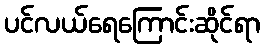
ပင်လယ်ရေကြောင်းဆိုင်ရာ